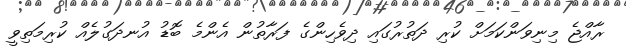
ރާއްޖެ މިނިވަންކަމަށް ކުރި ދަތުރުގައި ދިވެހިންގެ ފަރާތުން އެންމެ ބޮޑު އުނދަގުލެއް ކުރިމަތިވީ